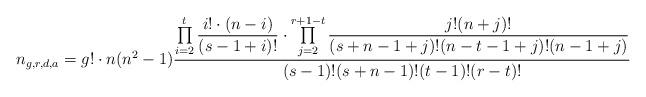
LaTeX: \begin{align*}n_{g,r,d,a} = g! \cdot n (n^2-1) \frac{\prod\limits_{i=2}^t \dfrac{i! \cdot (n-i)}{(s-1+i)!} \cdot \prod\limits_{j=2}^{r+1-t} \dfrac{j! (n+j)!}{(s+n-1+j)! (n-t-1+j)!(n-1+j)}} {(s-1)!(s+n-1)!(t-1)!(r-t)!} \end{align*}